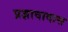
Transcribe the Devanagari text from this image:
प्रज्ञावादास